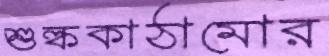
শুল্ককাঠামোর